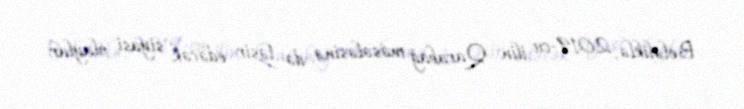
Beləliklə, 2019-cu ilin Qarabağ məsələsinə də təsir edəcək siyasi olaylar